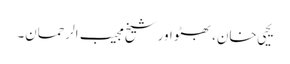
یحیی خان، بھٹو اور شیخ مجیب الرحمان۔